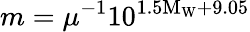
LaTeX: m=\mu^{-1}10^{1.5\mathrm{M_{W}}+9.05}